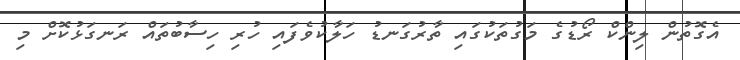
އެގޮތުން ލިންކް ރޯޑުގެ މަގުތަކުގައި ތާރުގަނޑު ހަލާކުވެފައި ހުރި ހިސާބުތައް ރަނގަޅުކޮށް މި